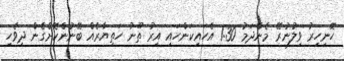
ހޮނިހިރު ވިލުނުރޭ މެންދަމު 1:30 އެހައިކަންހައި އިރު ތޫނު ހަތިޔާރެއް ބޭނުންކޮށްގެން ދިވެހި